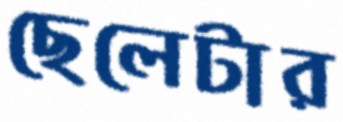
ছেলেটার